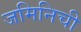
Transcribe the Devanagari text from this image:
जमिनिची